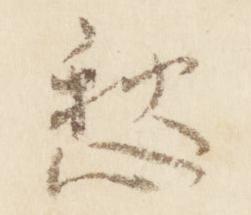
愁